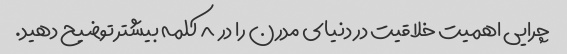
چرایی اهمیت خلاقیت در دنیای مدرن را در ۸ کلمه بیشتر توضیح دهید.